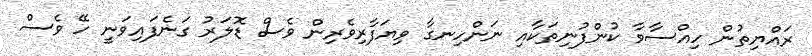
ރައްޔިތުން ހިއްސާވާ ކުންފުނިތަކާއި ނަންހިނގާ ވިޔަފާރިވެރިން ވެސް ޑޮލަރު ގަނެފައިވަނީ ހޭ ވެސް